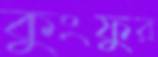
কুংফুর